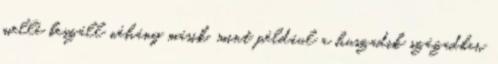
mellé beszáll néhány másik, mint például a huszadik században